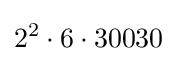
2^{2}\cdot 6\cdot 30030